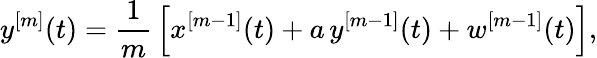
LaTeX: y^{[m]}(t)=\frac{1}{m}\, \left[x^{[m-1]}(t)+a\, y^{[m-1]}(t)+w^{[m-1]}(t)\right],